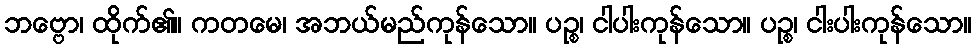
ဘဗ္ဗော၊ ထိုက်၏။ ကတမေ၊ အဘယ်မည်ကုန်သော။ ပဉ္စ၊ ငါပါးကုန်သော။ ပဉ္စ၊ ငါးပါးကုန်သော။